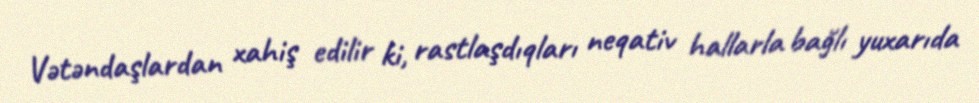
Vətəndaşlardan xahiş edilir ki, rastlaşdıqları neqativ hallarla bağlı yuxarıda